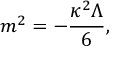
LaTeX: m ^ { 2 } = - \frac { \kappa ^ { 2 } \Lambda } { 6 } ,